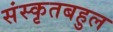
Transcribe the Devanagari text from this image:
संस्कृतबहुल